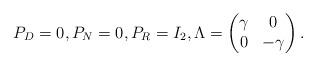
LaTeX: \begin{align*} P_D = 0, P_N = 0, P_R = I_2, \Lambda = \begin{pmatrix} \gamma & 0 \\ 0 & -\gamma \end{pmatrix}. \end{align*}